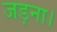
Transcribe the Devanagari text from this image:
जड़ना।